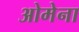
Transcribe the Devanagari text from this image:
ओमेना